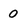
Character: O